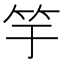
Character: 竽